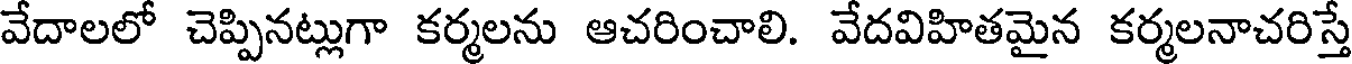
వేదాలలో చెప్పినట్లుగా కర్మలను ఆచరించాలి. వేదవిహితమైన కర్మలనాచరిస్తే